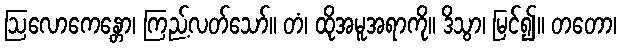
ဩလောကေန္တော၊ ကြည့်လတ်သော်။ တံ၊ ထိုအမူအရာကို။ ဒိသွာ၊ မြင်၍။ တတော၊